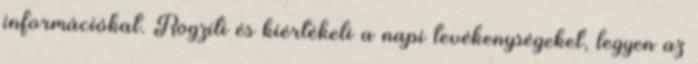
információkat. Rögzíti és kiértékeli a napi tevékenységeket, legyen az